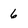
Character: 6